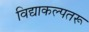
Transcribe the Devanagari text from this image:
विद्याकल्पतरू